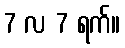
7 လ 7 ရက်။